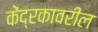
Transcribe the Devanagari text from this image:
केंद्रकावरील